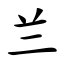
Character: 兰